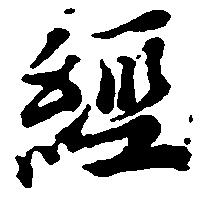
経